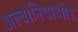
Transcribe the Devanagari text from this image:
अल्बानियाऔर